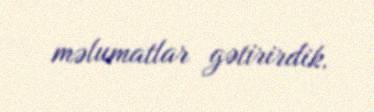
məlumatlar gətirirdik.